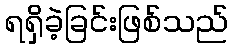
ရရှိခဲ့ခြင်းဖြစ်သည်